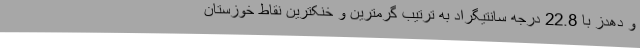
و دهدز با 22.8 درجه سانتیگراد به ترتیب گرمترین و خنکترین نقاط خوزستان